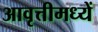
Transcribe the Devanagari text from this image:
आवृत्तीमध्यें